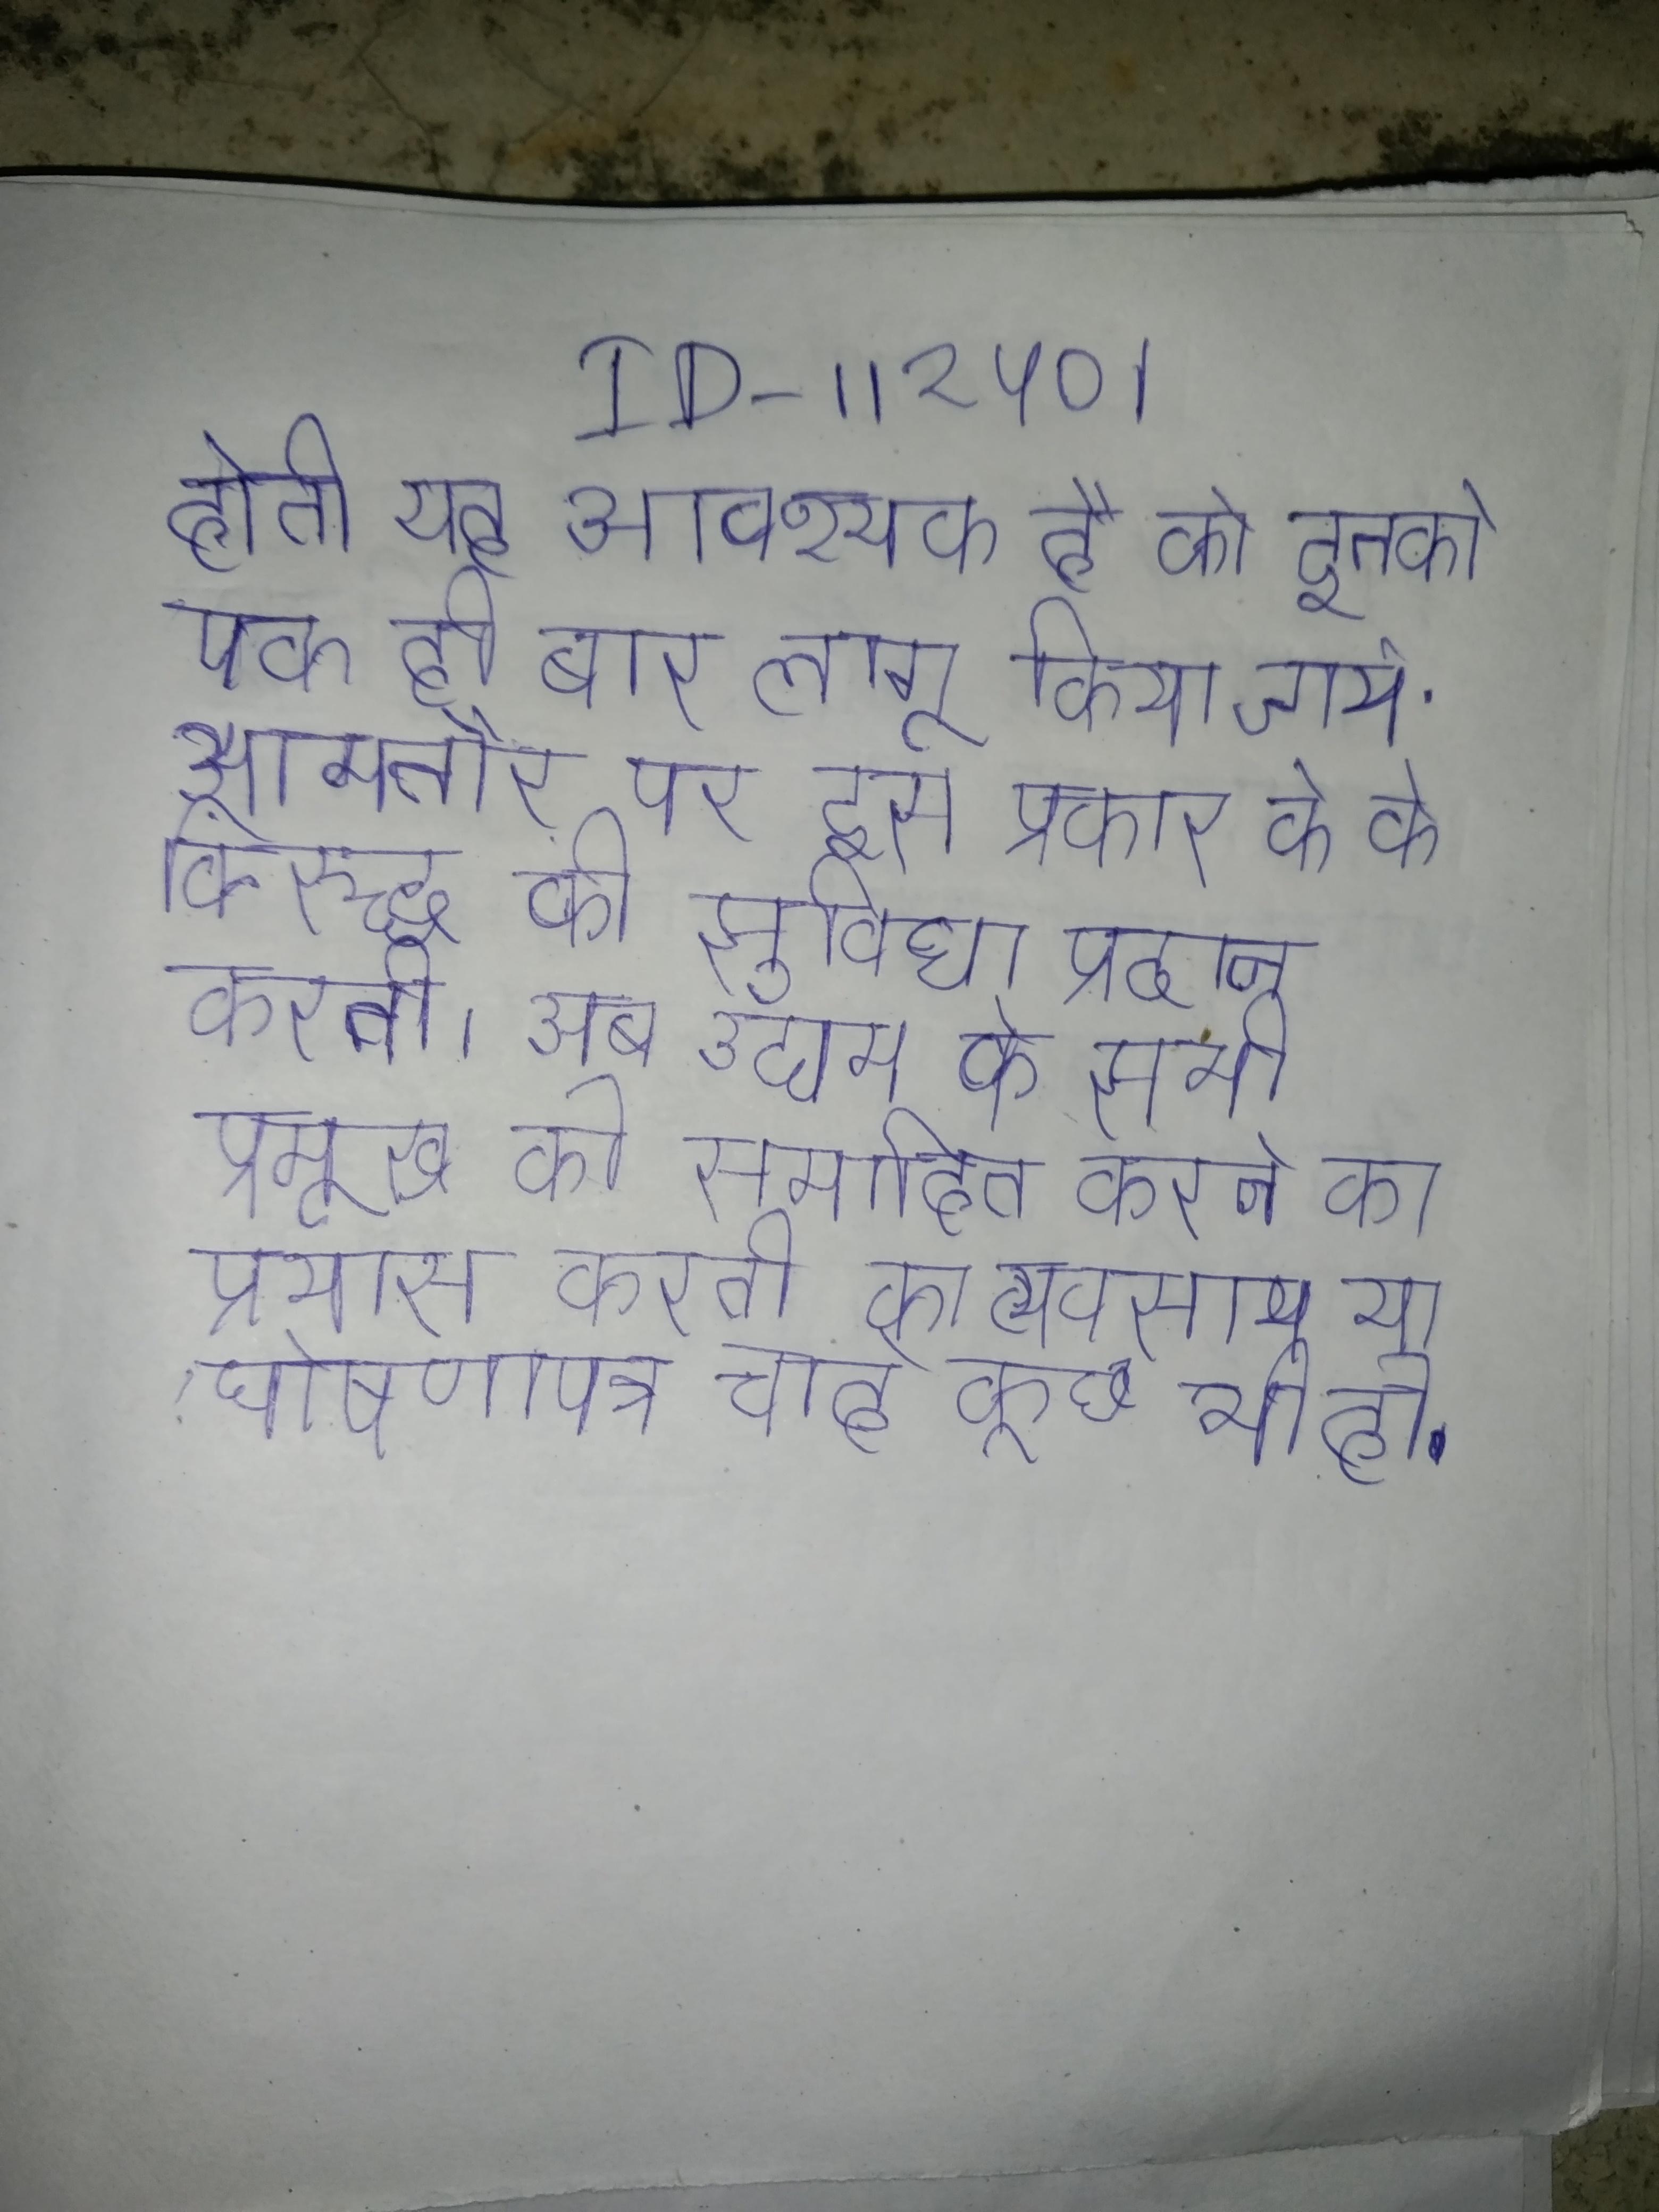
होती यह आवश्यक है कि इनको एक ही बार लागू किया जाये . आमतौर पर इस प्रकार के के विरुद्ध की सुविधा प्रदान करती । अब उद्यम के सभी प्रमुख को समाहित करने का प्रयास करती का व्यवसाय या घोषणापत्र चाहे कुछ भी हो .